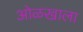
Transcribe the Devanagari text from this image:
ओळखाला